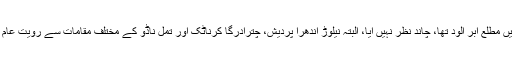
پریس ریلیز میں لکھا گیا ہے کہ ’’دہلی میں مطلع ابر آلود تھا، چاند نظر نہیں آیا، البتہ نیلوڑ آندھرا پردیش، چترادرگا کرناٹک اور تمل ناڈو کے مختلف مقامات سے رویت عام کی متعدد معتبر اطلاعات موصول ہوئیں۔